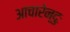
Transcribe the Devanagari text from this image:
आचारेन्दुः